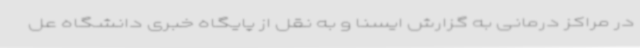
در مراکز درمانی به گزارش ایسنا و به نقل از پایگاه خبری دانشگاه عل